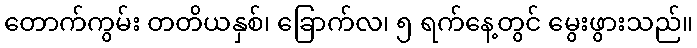
တောက်ကွမ်း တတိယနှစ်၊ ခြောက်လ၊ ၅ ရက်နေ့တွင် မွေးဖွားသည်။